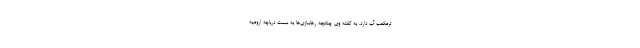
ترمکعب آب دارد. به گفته وی چنانچه رهاسازی‌ها به سمت دریاچه ارومیه